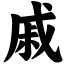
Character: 戚